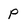
Character: P